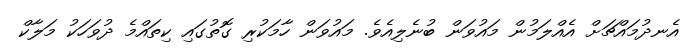
އެނދުމައްޗަށް އެއްލަމުން މައުވަން ބުނެލިއެވެ. މައުވަން ހާމަކުރި ގޮތުގައި ކިތައްމެ ދުވަހަކު މަލާކް